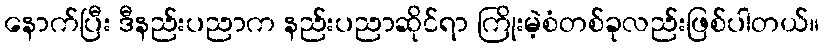
နောက်ပြီး ဒီနည်းပညာက နည်းပညာဆိုင်ရာ ကြိုးမဲ့စံတစ်ခုလည်းဖြစ်ပါတယ်။